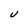
Character: V